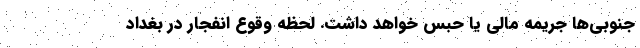
جنوبی‌ها جریمه مالی یا حبس خواهد داشت. لحظه وقوع انفجار در بغداد